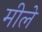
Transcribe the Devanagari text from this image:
मीले